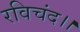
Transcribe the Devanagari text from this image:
रविचंद।।